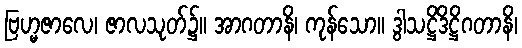
ဗြဟ္မဇာလေ၊ ဇာလသုတ်၌။ အာဂတာနိ၊ ကုန်သော။ ဒွါသဋ္ဌိဒိဋ္ဌိဂတာနိ၊